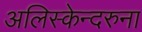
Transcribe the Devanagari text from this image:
अलिस्केन्दरुना